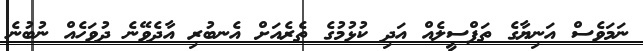
ނަމަވެސް އަނިޔާގެ ތަފްސީލެއް އަދި ކުޅުމުގެ ތެރެއަށް އެނބުރި އާދެވޭނެ ދުވަހެއް ނުބުނެ